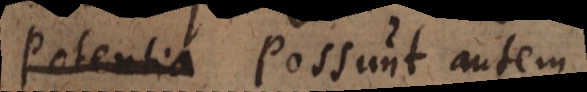
Potentia Possunt autem